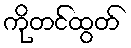
ကိုတင်ထွတ်